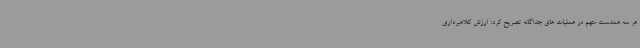
هر سه همدست متهم در عملیات های جداگانه تصریح کرد: ارزش کلاهبرداری